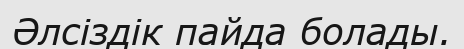
Әлсіздік пайда болады.